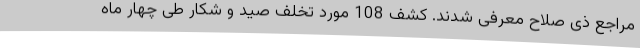
مراجع ذی صلاح معرفی شدند. کشف 108 مورد تخلف صید و شکار طی چهار ماه